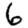
Digit: 6